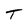
Character: T